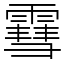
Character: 䨮